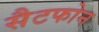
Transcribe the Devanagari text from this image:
सैटफोन